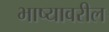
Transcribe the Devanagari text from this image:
भाष्यावरील